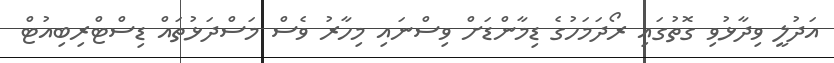
އަދުލީ ވިދާޅުވި ގޮތުގައި ރޯދަމަހުގެ ޑިމާންޑަށް ވިސްނައި މިހާރު ވެސް މަސްދަޅުތައް ޑިސްޓްރިބިއުޓް